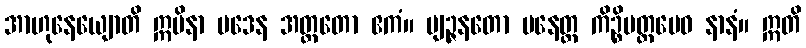
အာဟုနေယျောတိ ဣမိနာ ပဒေန အတ္ထတော ဧကံ။ ဗျဉ္ဇနတော ပနေတ္ထ ကိဉ္စိမတ္တမေဝ နာနံ။ ဣတိ